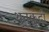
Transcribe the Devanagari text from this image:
थुतुकुदी